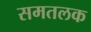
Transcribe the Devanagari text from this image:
समतलक